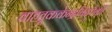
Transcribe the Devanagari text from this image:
वाहतूककेन्द्रबिंदूपैकी